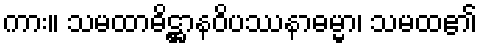
ကား။ သမထာဓိဋ္ဌာနဝိပဿနာဓမ္မာ၊ သမထ၏